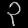
Digit: ၃